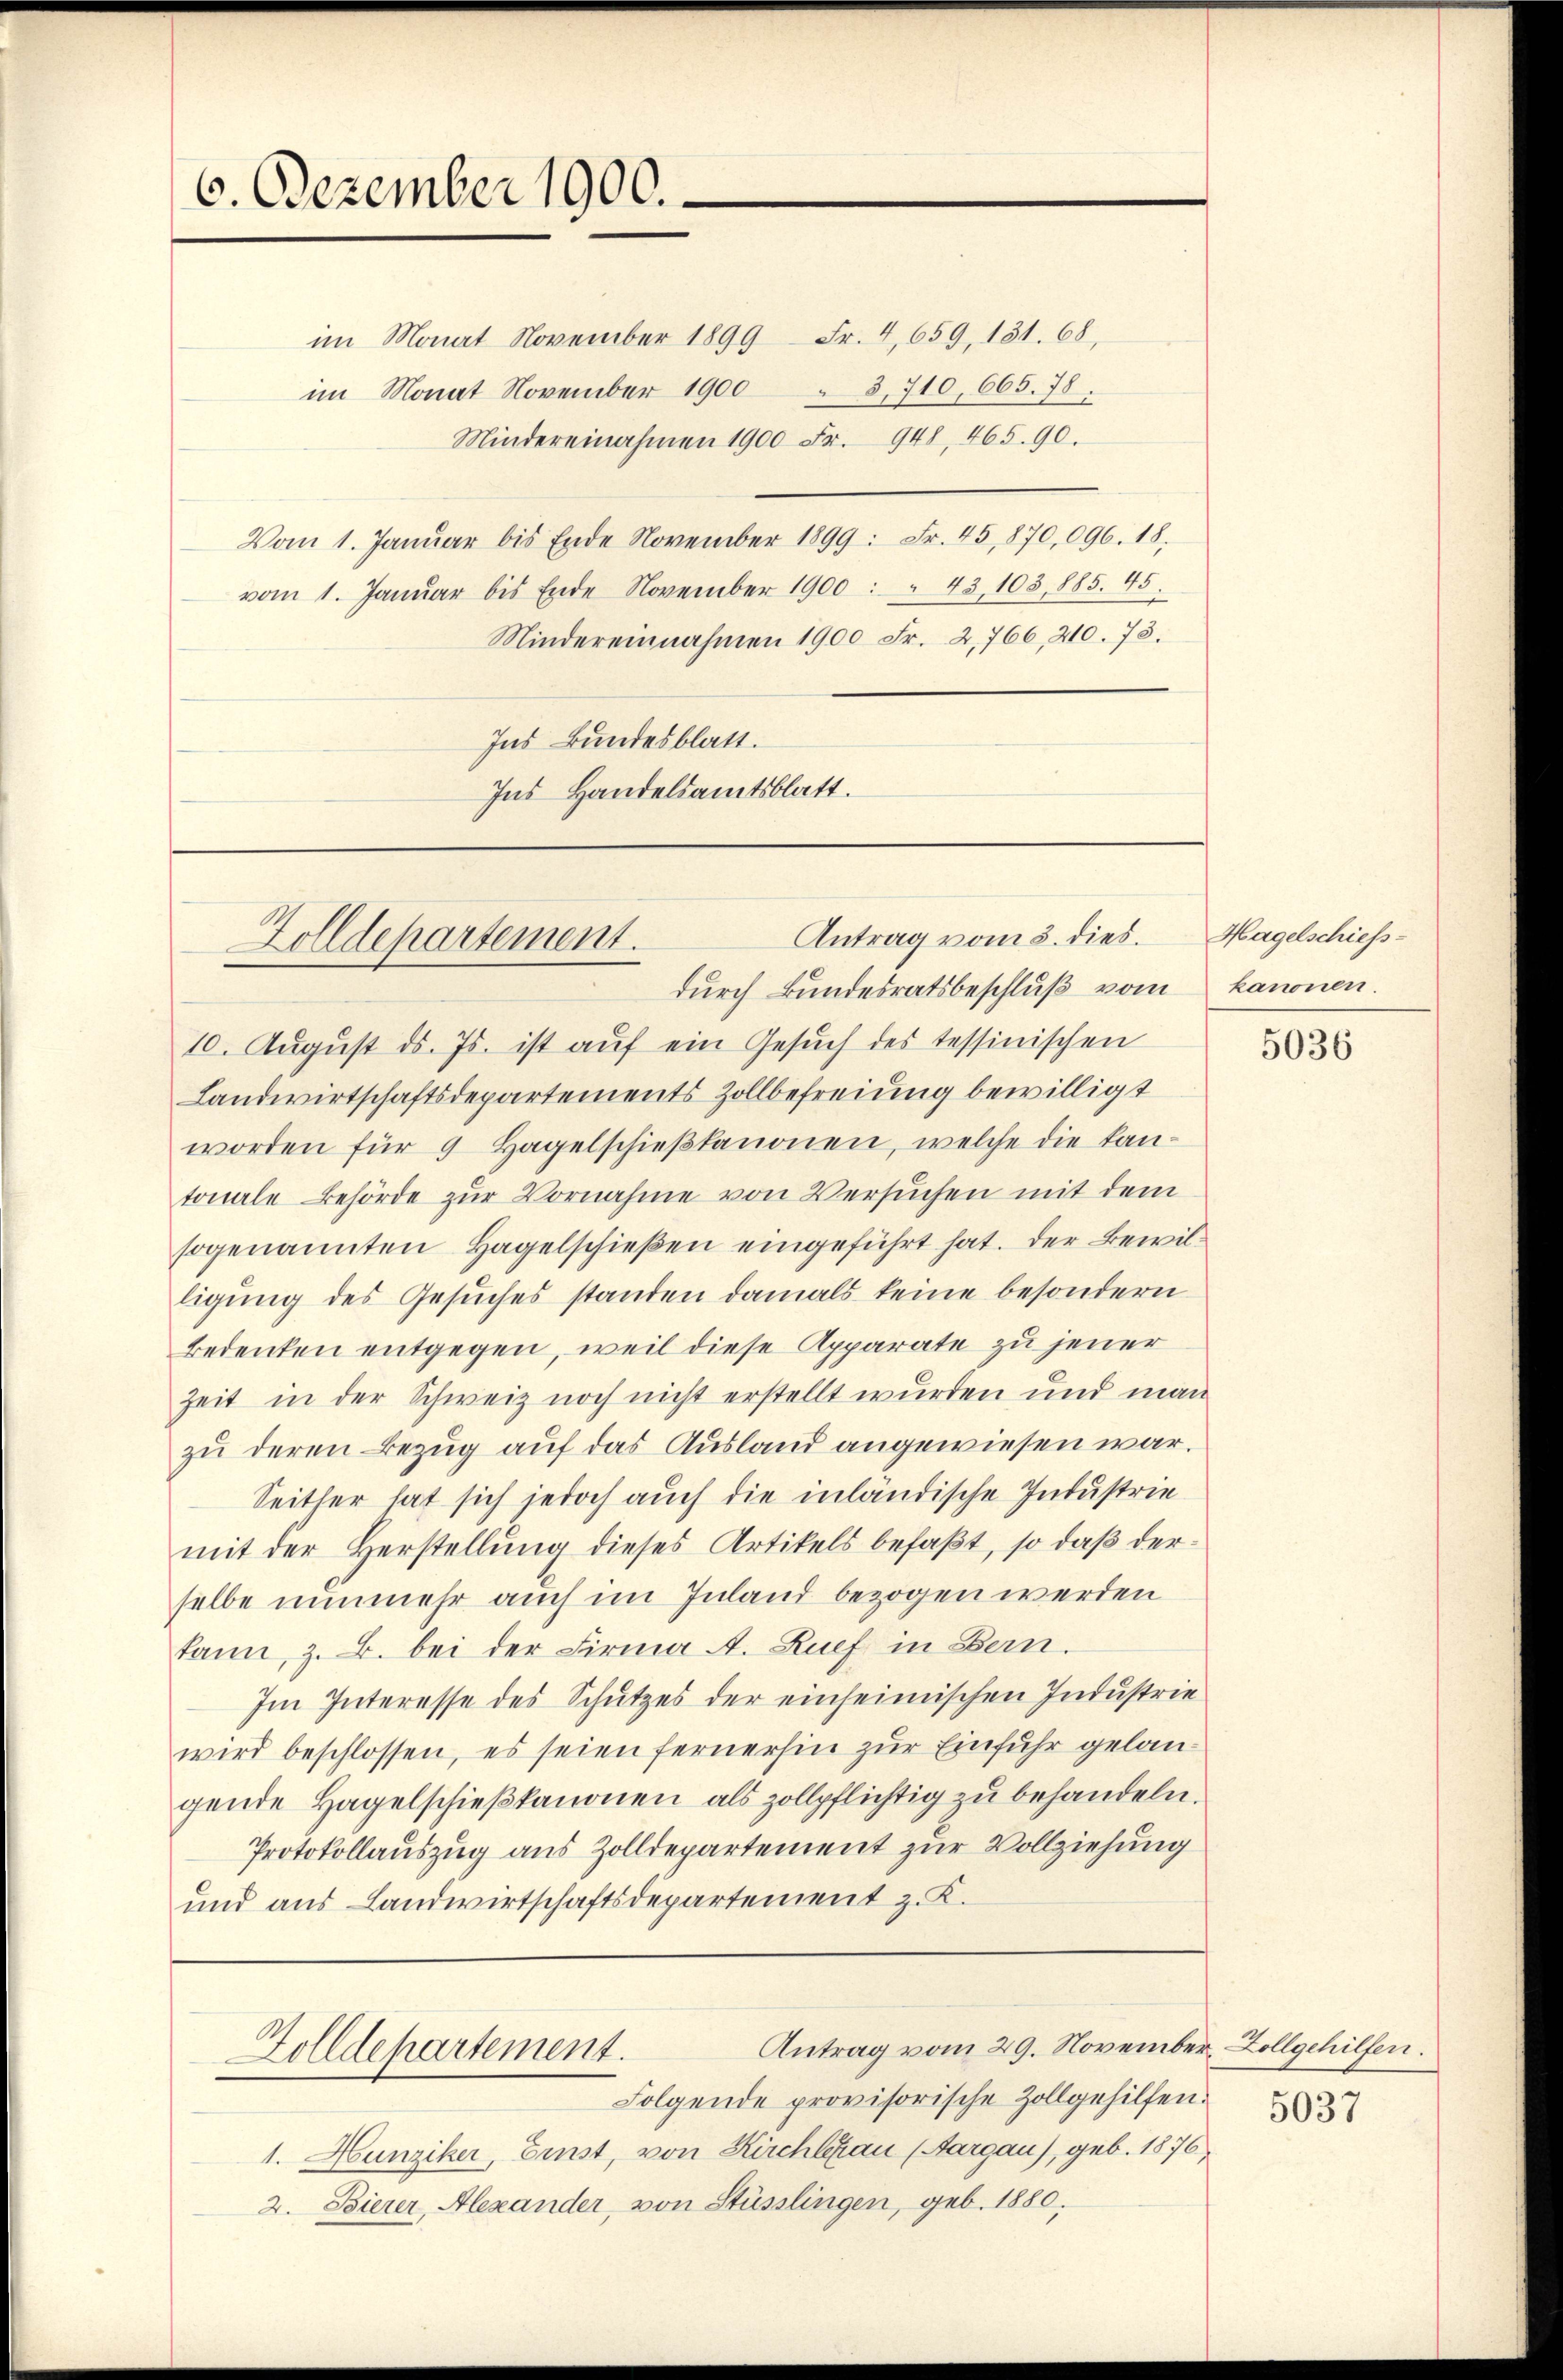
6. Dezember 1900.

Antrag vom 3. dies.
Zolldepartement.
durch Bundesratsbeschlŭβ vom kanonen.

im Monat November 1899 Fr. 4,659, 131. 68,
im Monat November 1900 " 3, 710, 665. 78.
Mindereinahmen 1900 Fr. 948, 465. 90.
Vom 1. Januar bis Ende November 1899: Fr. 45, 870,096. 18.
vom 1. Januar bis Ende November 1900 : " 43, 103, 885. 45.
Mindereinnahmen 1900 Fr. 2,766, 210. 73.
Ins Bundesblatt.
Ins Handelsamtsblatt.

10. Aŭgŭst d. Js. ist auf ein Gesŭch des tessinischen
Landwirtschaftsdepartements Zollbefreiung bewilligt
worden für 9 Hagelschieβfanonen, welche die kantonale Behörde zŭr Vornahme von Versuchen mit dem
sogenannten Hagelschießen eingeführt hat. Der Bewilligŭng des Gesŭches standen damals keine besondern
Bedenken entgegen, weil diese Apparate zu jener
Zeit in der Schweiz noch nicht erstellt wurden und man
zu deren Bezug auf das Ausland angewiesen war.
Seither hat sich jedoch auch die inländische Intustrie
mit der Herstellung dieses Artikels befaßt, so daβ derselbe nunmehr auch im Inland bezogen werden
kann, z. B. bei der Firma A. Ruef in Bern.
Im Interesse des Schutzes der einheimischen Industrie
wird beschlossen, es seien fernerhin zur Einfuhr gelangende Hagelschieβkanonen als zollpflichtig zu behandeln.
Protokollauszug aus Zolldepartement zur Vollziehung
und aus Landwirtschaftsdepartement z. K.

1. Hunziker, Einst, von Kirchlau (Aargau), geb. 1876,
2. Bierer, Alexander, von Stüsslingen, geb. 1880,

Antrag vom 29. November, Zollgehilfen.
Zolldepartement.
Folgende provisorische Zollgehilfen.

Hagelschiess-

5036

5037